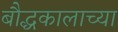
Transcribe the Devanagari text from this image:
बौद्धकालाच्या